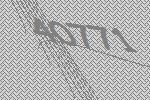
40771